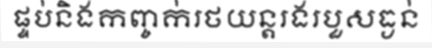
ផ្ទប់និងកញ្ចក់រថយន្តរងរបួសធ្ងន់